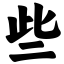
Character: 些